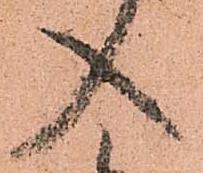
入